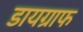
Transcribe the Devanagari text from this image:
डायग्राफ